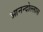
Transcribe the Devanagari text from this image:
आनन्दोल्लास